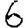
Digit: 6